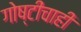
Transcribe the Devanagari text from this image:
गोष्टींचाही